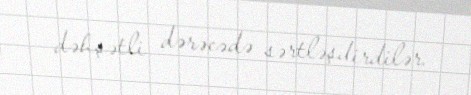
dəhşətli dərəcədə sərtləşdirdilər.